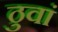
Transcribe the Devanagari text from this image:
ठुवां